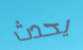
يحدث